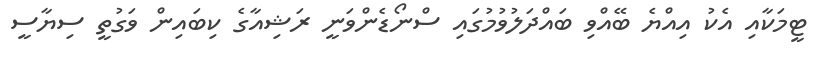
ޓީމަކާއި އެކު އިއްޔެ ބޭއްވި ބައްދަލުވުމުގައި ސްނޯޑެންވަނީ ރަޝިއާގެ ކިބައިން ވަގުތީ ސިޔާސީ